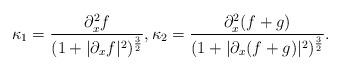
LaTeX: \begin{align*}\kappa_1 = \frac{\partial_x^2 f}{(1+ |\partial_x f|^2)^{\frac{3}{2}}},\kappa_2 = \frac{\partial_x^2 (f+g)}{(1+ |\partial_x (f+g)|^2)^{\frac{3}{2}}}.\end{align*}